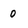
Character: 0